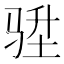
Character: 𮹇